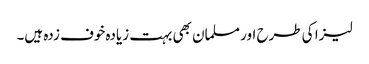
لیزا کی طرح اور مسلمان بھی بہت زیادہ خوف زدہ ہیں۔